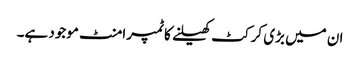
ان میں بڑی کرکٹ کھیلنے کا ٹمپرامنٹ موجود ہے۔